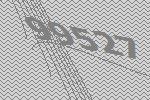
99527